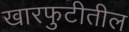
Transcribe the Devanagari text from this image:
खारफुटीतील